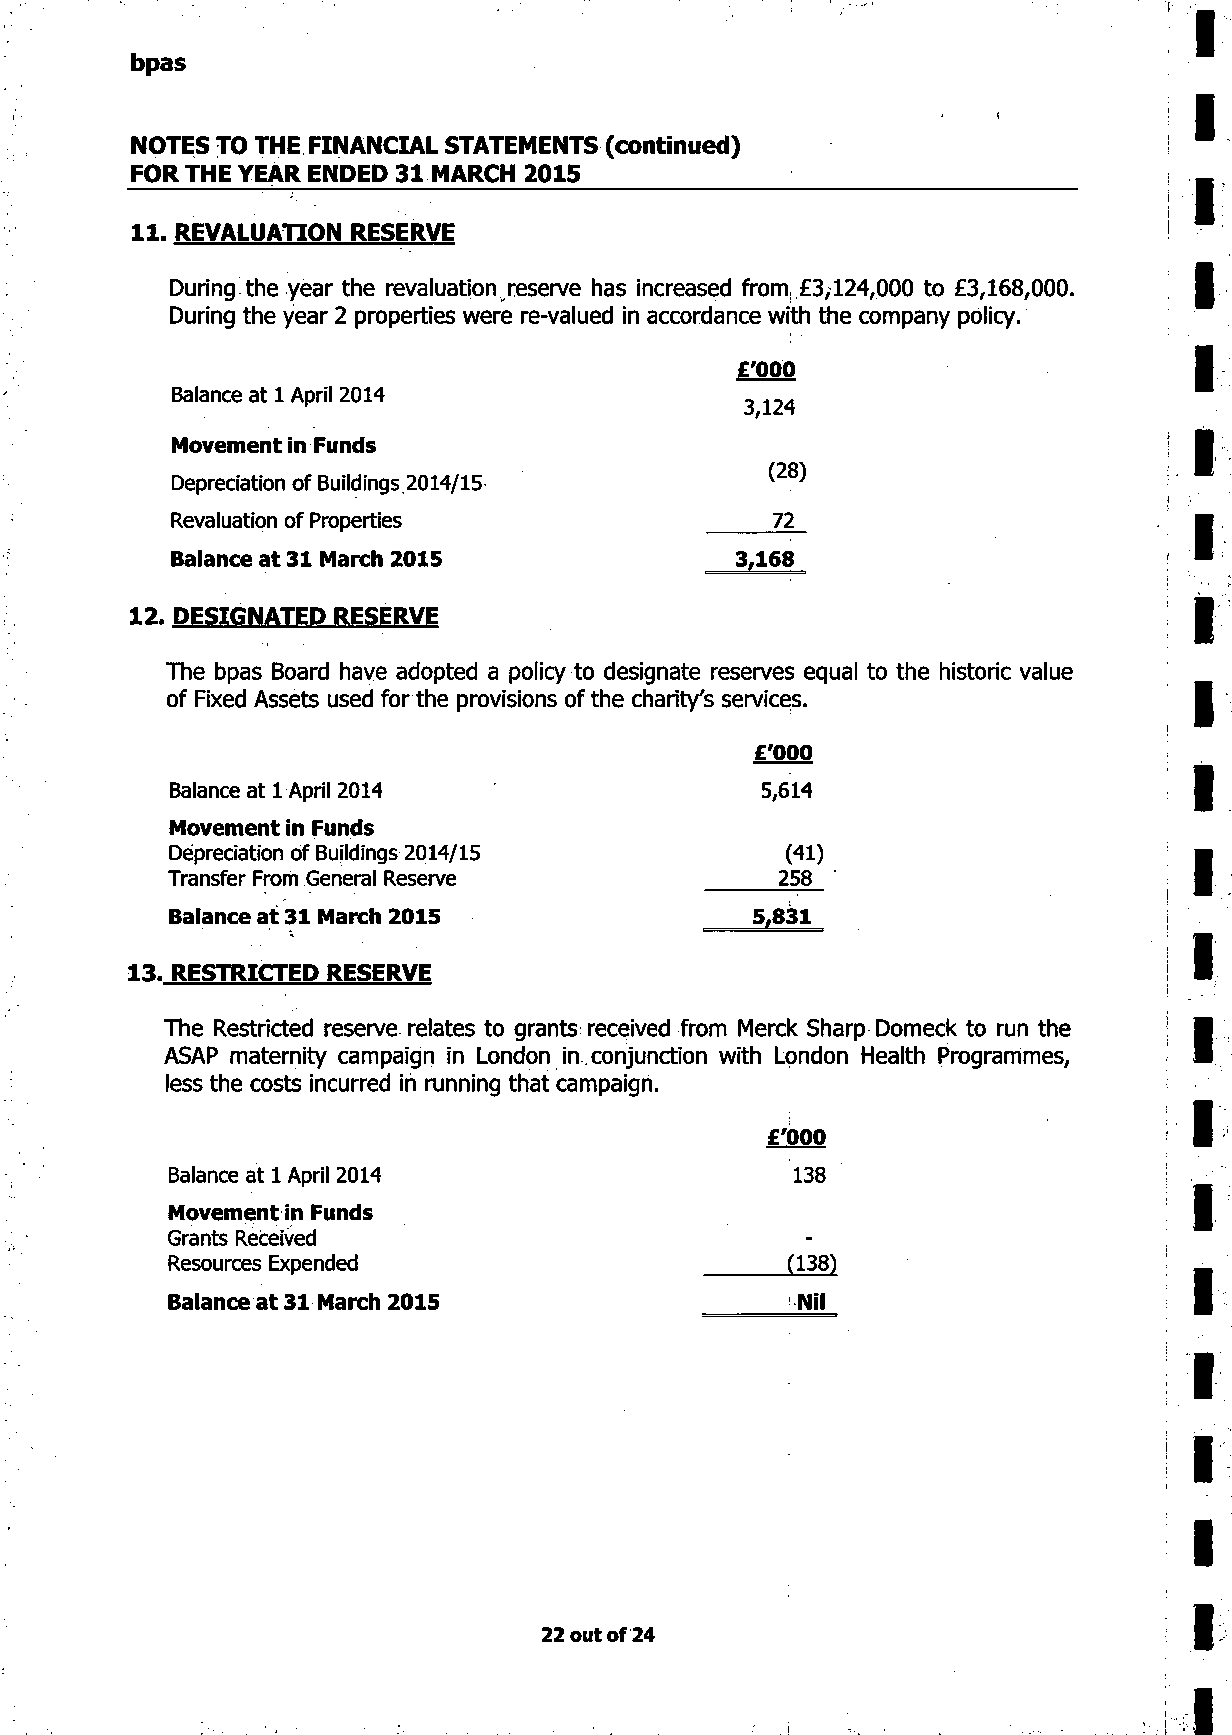
bpas
 NOTES TO THE FINANCIAL STATEMENTS (continued)
 FOR THE YEAR ENDED 31 MARCH 2015
 11. REVALUATION RESERVE
 During the year the revaluation reserve has increased from, £3,124,000 to £3,168,000.
 During the year 2 properties were re-valued in accordance with the company policy.
 £'000
 Balance at 1 April 2014
 3,124
 Movement in Funds
 (28)
 Depreciation of Buildings 2014/15
 Revaluation of Properties               72
 Balance at 31 March 2015              3,168
 12. DESIGNATED RESERVE
 The bpas Board have adopted a policy to designate reserves equal to the historic value
 of Fixed Assets used for the provisions of the charity's services.
 £'000
 Balance at 1 April 2014                 5,614
 Movement in Funds
 Depreciation of Buildings 2014/15        (41)
 Transfer From General Reserve            258
 Balance at 31 March 2015               5,831
 13. RESTRICTED RESERVE
 The Restricted reserve relates to grants received from Merck Sharp Domeck to run the
 ASAP maternity campaign in London in conjunction with London Health Programmes,
 less the costs incurred in running that campaign.
 £'000
 Balance at 1 April 2014                   138
 Movement in Funds
 Grants Received
 Resources Expended                       (138)
 Balance at 31 March 2015                  Nil
 22 out of 24